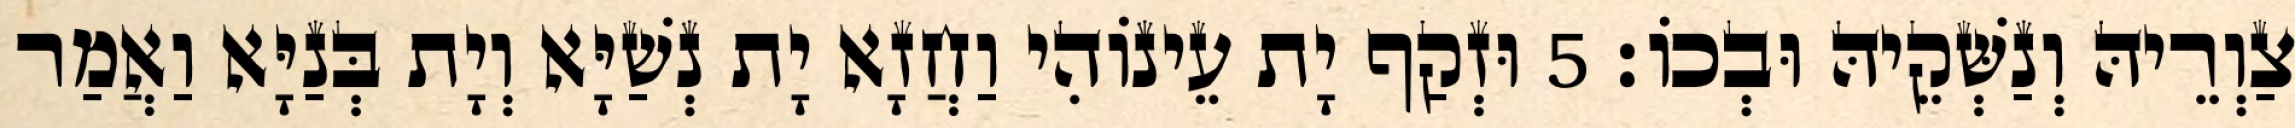
צַוְרֵיהּ וְנַשְּׁקֵיהּ וּבְכוֹ׃ 5 וּזְקַף יָת עֵינוֹהִי וַחֲזָא יָת נְשַׁיָּא וְיָת בְּנַיָּא וַאֲמַר